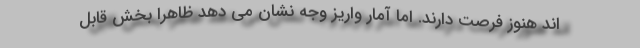
اند هنوز فرصت دارند. اما آمار واریز وجه نشان می دهد ظاهرا بخش قابل